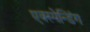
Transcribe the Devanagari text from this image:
एक्स्पेन्डिंग